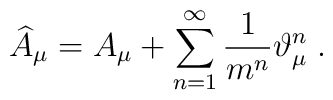
\widehat{A}_\mu =A_\mu +\sum_{n=1}^\infty \frac 1{m^n}\vartheta _\mu ^n\;.